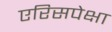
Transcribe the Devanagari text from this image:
एरिसपेक्षा